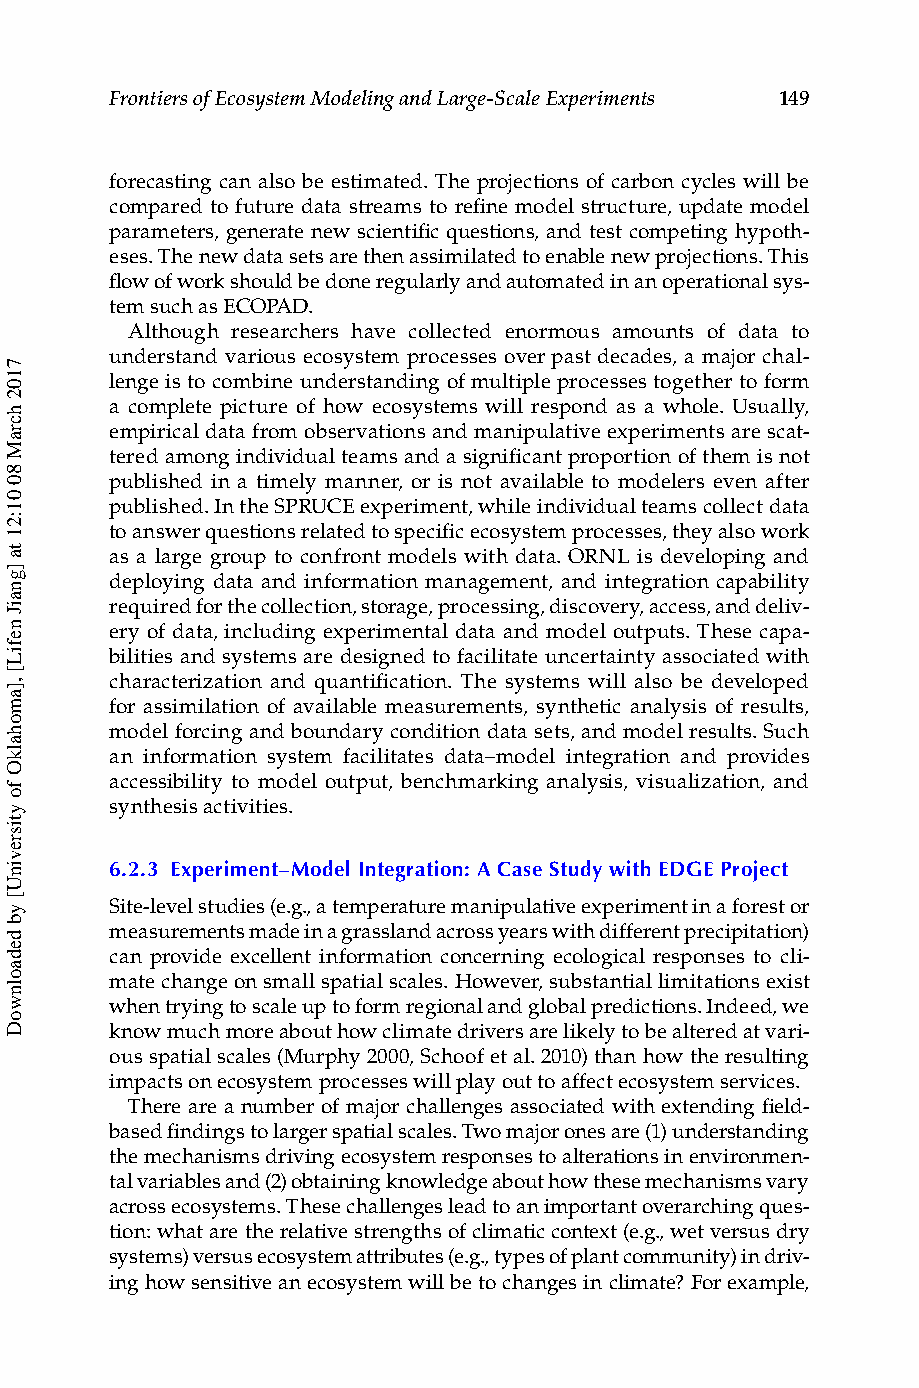
Frontiers of Ecosystem Modeling and Large-Scale Experiments 149
 forecasting can also be estimated. The projections of carbon cycles will be
 compared to future data streams to refine model structure, update model
 parameters, generate new scientific questions, and test competing hypoth-
 eses. The new data sets are then assimilated to enable new projections. This
 flow of work should be done regularly and automated in an operational sys-
 tem such as ECOPAD.
 Although researchers have collected enormous amounts of data to
 understand various ecosystem processes over past decades, a major chal-
 lenge is to combine understanding of multiple processes together to form
 a complete picture of how ecosystems will respond as a whole. Usually,
 empirical data from observations and manipulative experiments are scat-
 tered among individual teams and a significant proportion of them is not
 published in a timely manner, or is not available to modelers even after
 published. In the SPRUCE experiment, while individual teams collect data
 to answer questions related to specific ecosystem processes, they also work
 as a large group to confront models with data. ORNL is developing and
 deploying data and information management, and integration capability
 required for the collection, storage, processing, discovery, access, and deliv-
 ery of data, including experimental data and model outputs. These capa-
 bilities and systems are designed to facilitate uncertainty associated with
 characterization and quantification. The systems will also be developed
 for assimilation of available measurements, synthetic analysis of results,
 model forcing and boundary condition data sets, and model results. Such
 an information system facilitates data–model integration and provides
 accessibility to model output, benchmarking analysis, visualization, and
 synthesis activities.
 6.2.3 Experiment–Model Integration: A Case Study with EDGE Project
 Site-level studies (e.g., a temperature manipulative experiment in a forest or
 measurements made in a grassland across years with different precipitation)
 can provide excellent information concerning ecological responses to cli-
 mate change on small spatial scales. However, substantial limitations exist
 when trying to scale up to form regional and global predictions. Indeed, we
 know much more about how climate drivers are likely to be altered at vari-
 ous spatial scales (Murphy 2000, Schoof et al. 2010) than how the resulting
 impacts on ecosystem processes will play out to affect ecosystem services.
 There are a number of major challenges associated with extending field-
 based findings to larger spatial scales. Two major ones are (1) understanding
 the mechanisms driving ecosystem responses to alterations in environmen-
 tal variables and (2) obtaining knowledge about how these mechanisms vary
 across ecosystems. These challenges lead to an important overarching ques-
 tion: what are the relative strengths of climatic context (e.g., wet versus dry
 systems) versus ecosystem attributes (e.g., types of plant community) in driv-
 ing how sensitive an ecosystem will be to changes in climate? For example,
 7102
 hcraM
 80
 01:21
 ta
 ]gnaiJ
 nefiL[
 ,]amohalkO
 fo
 ytisrevinU[
 yb
 dedaolnwoD